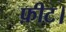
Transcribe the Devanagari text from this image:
फ़ीट।